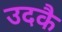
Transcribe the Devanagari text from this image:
उदकै